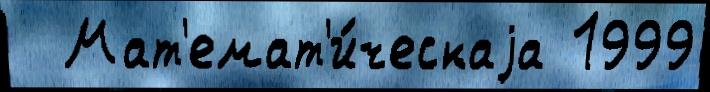
  Мат'емат'и́ческаjа 1999